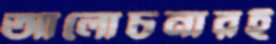
আলোচনারই